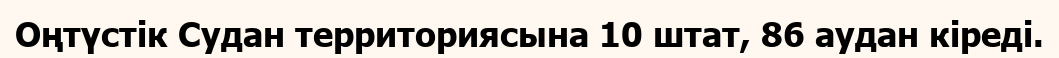
Оңтүстік Судан территориясына 10 штат, 86 аудан кіреді.